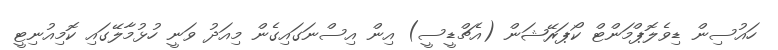
ހައުސިން ޑިވެލޮޕްމަންޓް ކޯޕަރޭޝަން (އެޗްޑީސީ) އިން އިސްނަގައިގެން މިއަދު ވަނީ ހުޅުމާލޭގައި ކޮމިއުނިޓީ